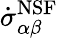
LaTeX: \dot{\sigma}_{\alpha\beta}^{\mathrm{NSF}}